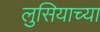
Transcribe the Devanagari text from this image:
लुसियाच्या